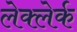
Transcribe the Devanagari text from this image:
लेक्लेर्क